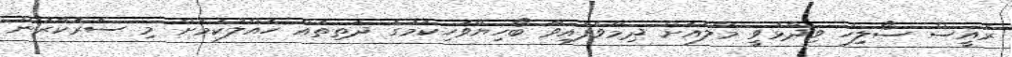
ރައީސް ސޯލިހު ވިދާޅުވީ މާލެއަށް ދިމާވެފައިވާ ބޯހިޔާވަހިކަމުގެ ދަތިތައް ހައްލުކުމަށް މި ސަރުކާރުން